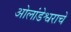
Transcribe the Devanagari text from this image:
ओलांडेश्वराचे